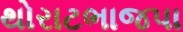
થોરાટભાજપા